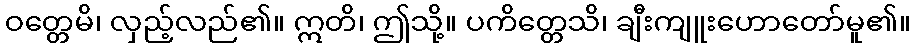
ဝတ္တေမိ၊ လှည့်လည်၏။ ဣတိ၊ ဤသို့။ ပကိတ္တေသိ၊ ချီးကျူးဟောတော်မူ၏။